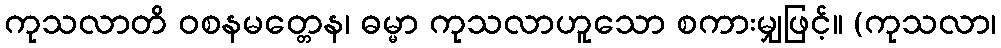
ကုသလာတိ ဝစနမတ္တေန၊ ဓမ္မာ ကုသလာဟူသော စကားမျှဖြင့်။ (ကုသလာ၊